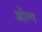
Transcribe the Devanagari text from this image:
ओग्ग